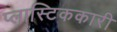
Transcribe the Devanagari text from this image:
प्लास्टिककारी